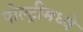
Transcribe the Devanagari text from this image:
पोल्ट्रीमध्ये